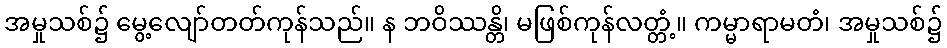
အမှုသစ်၌ မွေ့လျော်တတ်ကုန်သည်။ န ဘဝိဿန္တိ၊ မဖြစ်ကုန်လတ္တံ့။ ကမ္မာရာမတံ၊ အမှုသစ်၌